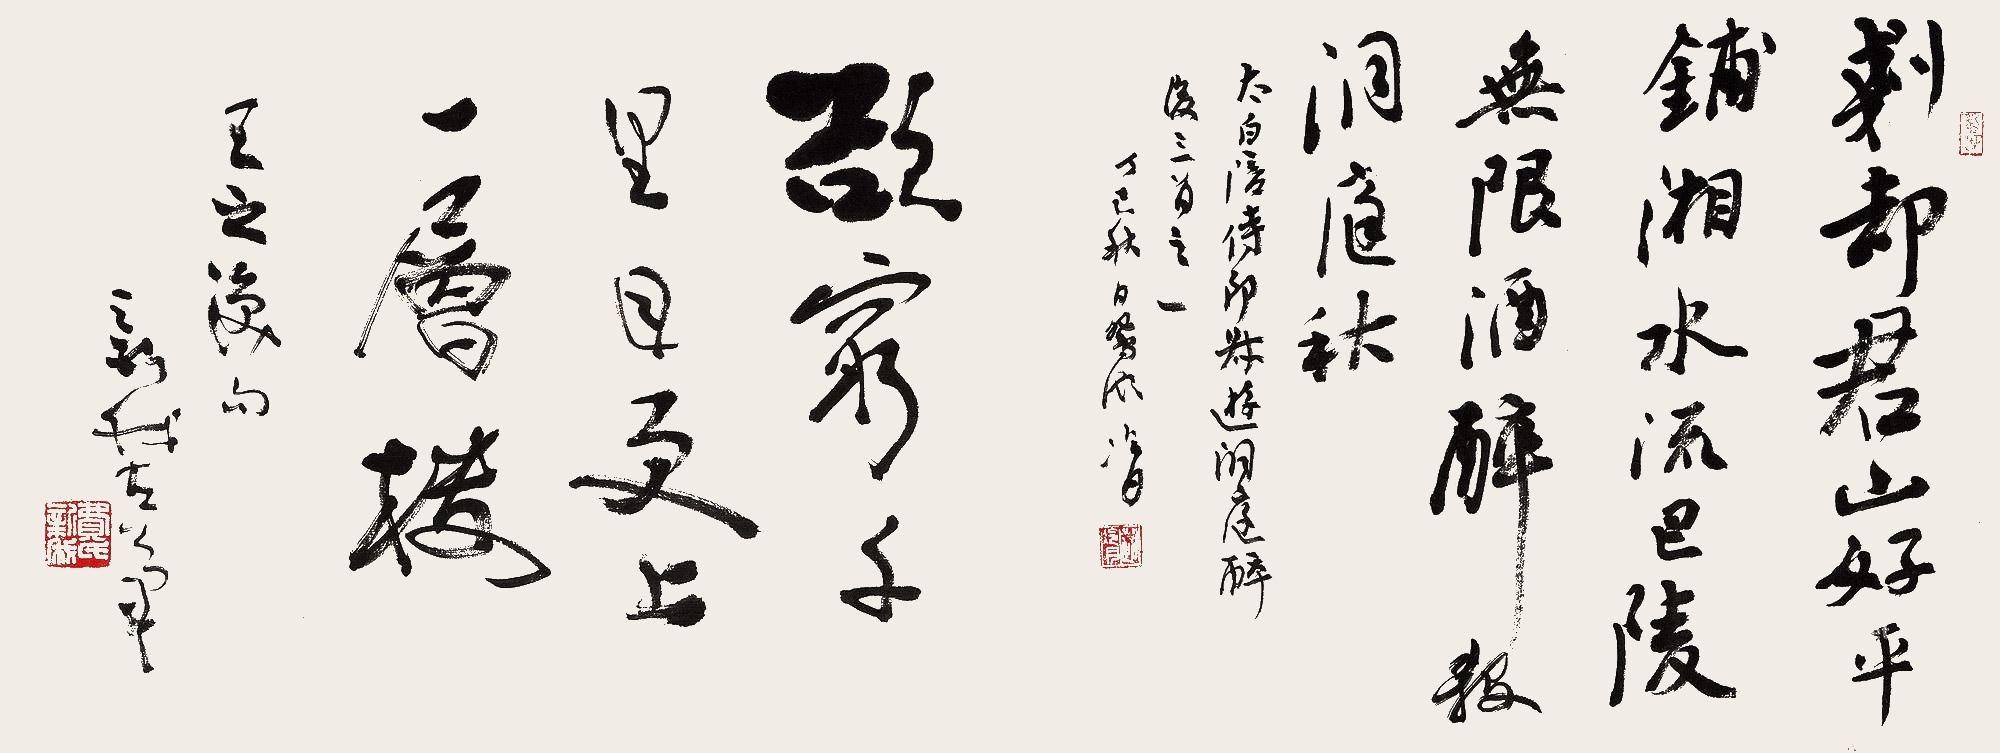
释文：刬却君山好，平铺湘水流。巴陵无限酒，醉杀洞庭秋。
欲穷千里目，更上一层楼。太白《陪侍郎叔游洞庭醉后三首》之一。丁巳（1977年）秋日冷月。
新我左笔。